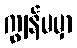
ကျွန်မမှာ